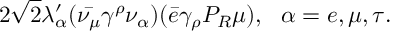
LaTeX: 2 \sqrt { 2 } \lambda _ { \alpha } ^ { \prime } ( \bar { \nu _ { \mu } } \gamma ^ { \rho } \nu _ { \alpha } ) ( \bar { e } \gamma _ { \rho } P _ { R } \mu ) , ~ ~ \alpha = e , \mu , \tau .